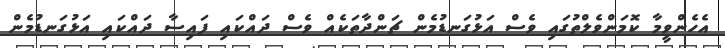
އެހެންވީމާ ކޮމަންވެލްތުގައި ވެސް އަޅުގަނޑުމެން ޗަންދާތަކެއް ވެސް ދައްކައި ފައިސާ ދައްކައި އަޅުގަނޑުމެން